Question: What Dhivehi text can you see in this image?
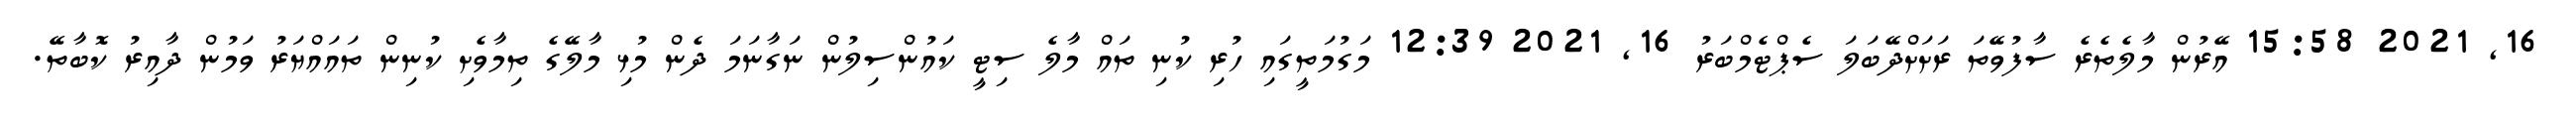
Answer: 16, 2021 15:58 އޭރުން މާލެތެރެ ސާފުވޭތަ ރަށަށްދޭބަލަ ސެޕްޓެމްބަރު 16, 2021 12:39 މަގުމަތީގައި ހުރި ކުނި ތައް މާލެ ސިޓީ ކައުންސިލުން ނަގާނަމަ ދެން މުޅި މާލޭގެ ތިމާވެށި ކުނިން ތައައްޔަރު ވަމުން ދާއިރު ކޮބާތޭ.